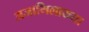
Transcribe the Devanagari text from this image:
अजामिलाख्या